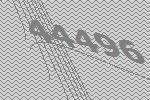
44496